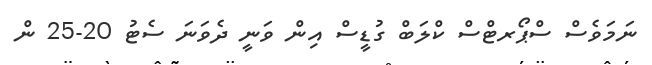
ނަމަވެސް ސްޕޯރޓްސް ކްލަބް ގުޑީސް އިން ވަނީ ދެވަނަ ސެޓު 20-25 ން